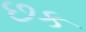
છક